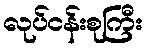
လုပ်ငန်းစုကြီး